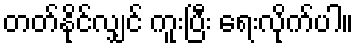
တတ်နိုင်လျှင် ကူးပြီး ရေးလိုက်ပါ။